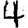
Digit: 4